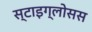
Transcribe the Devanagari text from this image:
स्टाइग्लोसस